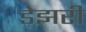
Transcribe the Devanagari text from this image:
डेझरी